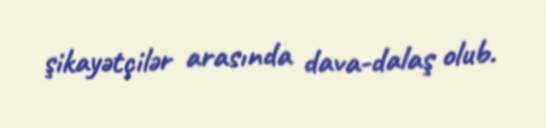
şikayətçilər arasında dava-dalaş olub.